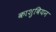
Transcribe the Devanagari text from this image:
काशुबियन